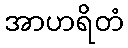
အာဟရိတံ